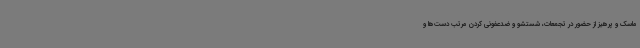
ماسک و پرهیز از حضور در تجمعات، شستشو و ضدعفونی کردن مرتب دست‌ها و